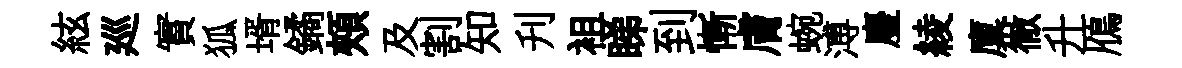
絃廵實狐壻鐍頰及割知刋袓睇到慚膚蜿溥麈綾廩徹升鴈